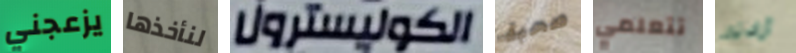
يزعجني لنأخذها الكوليسترول صحبة تتعلمي أرادته